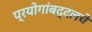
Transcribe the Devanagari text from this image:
प्रयोगांबद्दलचे